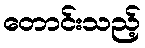
တောင်းသည့်